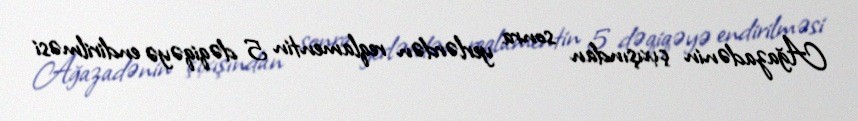
Ağazadənin çıxışından sonra yerlərdən reqlamentin 5 dəqiqəyə endirilməsi